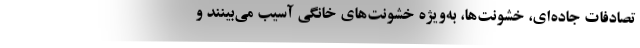
تصادفات جاده‌ای، خشونت‌ها، به‌ویژه خشونت‌های خانگی آسیب می‌بینند و